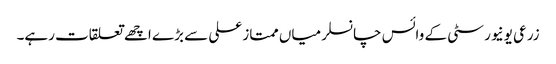
زرعی یونیورسٹی کے وائس چانسلر میاں ممتاز علی سے بڑے اچھے تعلقات رہے۔